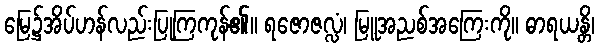
မြေ၌အိပ်ဟန်လည်းပြုကြကုန်၏။ ရဇောဇလ္လံ၊ မြူအညစ်အကြေးကို။ ဓာရယန္တိ၊